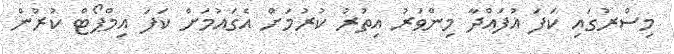
މިސްރުގައި ކަފަ އުފައްދާ މިންވަރު އިތުރު ކުރުމަށް އެގައުމަށް ކަފަ އިމްޕޯޓް ކުރުން